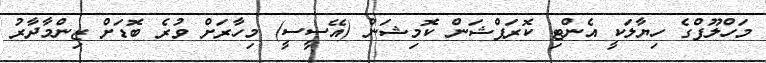
މަހްލޫފްގެ ހިޔާލަކީ އެންޓި ކޮރަޕްޝަން ކޮމިޝަން (އޭސީސީ) މިހާރަށް ވުރެ ބޮޑަށް ޒިންމާދާރު